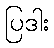
ပြဒါး